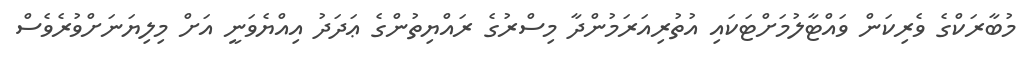
މުބާރަކްގެ ވެރިކަން ވައްޓާލުމަށްޓަކައި އުތުރިއަރަމުންދާ މިސްރުގެ ރައްޔިތުންގެ ޢަދަދު އިއްޔެވަނީ އަށް މިލިޔަނަށްވުރެވެސް